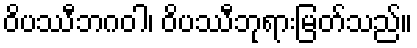
ဝိပဿီဘဂဝါ၊ ဝိပဿီဘုရားမြတ်သည်။